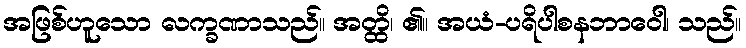
အဖြစ်ဟူသော လက္ခဏာသည်။ အတ္ထိ၊ ၏။ အယံ-ပရိပါစနဘာဝေါ၊ သည်။